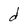
Character: d